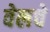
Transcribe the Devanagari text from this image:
वेलचे